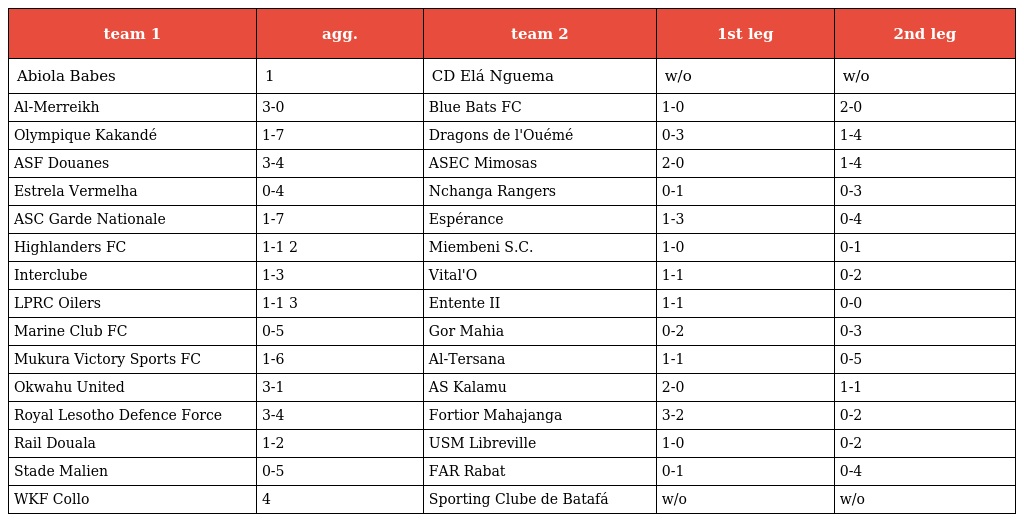
| team 1 | agg. | team 2 | 1st leg | 2nd leg |
 | --- | --- | --- | --- | --- |
 | Abiola Babes | 1 | CD Elá Nguema | w/o | w/o |
 | Al-Merreikh | 3-0 | Blue Bats FC | 1-0 | 2-0 |
 | Olympique Kakandé | 1-7 | Dragons de l'Ouémé | 0-3 | 1-4 |
 | ASF Douanes | 3-4 | ASEC Mimosas | 2-0 | 1-4 |
 | Estrela Vermelha | 0-4 | Nchanga Rangers | 0-1 | 0-3 |
 | ASC Garde Nationale | 1-7 | Espérance | 1-3 | 0-4 |
 | Highlanders FC | 1-1 2 | Miembeni S.C. | 1-0 | 0-1 |
 | Interclube | 1-3 | Vital'O | 1-1 | 0-2 |
 | LPRC Oilers | 1-1 3 | Entente II | 1-1 | 0-0 |
 | Marine Club FC | 0-5 | Gor Mahia | 0-2 | 0-3 |
 | Mukura Victory Sports FC | 1-6 | Al-Tersana | 1-1 | 0-5 |
 | Okwahu United | 3-1 | AS Kalamu | 2-0 | 1-1 |
 | Royal Lesotho Defence Force | 3-4 | Fortior Mahajanga | 3-2 | 0-2 |
 | Rail Douala | 1-2 | USM Libreville | 1-0 | 0-2 |
 | Stade Malien | 0-5 | FAR Rabat | 0-1 | 0-4 |
 | WKF Collo | 4 | Sporting Clube de Batafá | w/o | w/o |